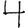
Digit: 4